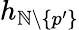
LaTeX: h_{\mathbb{N}\setminus\{ p^{\prime}\} }